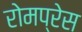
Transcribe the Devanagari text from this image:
रोमप्रेस